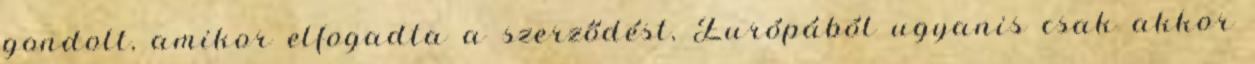
gondolt, amikor elfogadta a szerződést, Európából ugyanis csak akkor